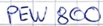
Text: PEW 800